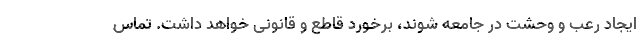
ایجاد رعب و وحشت در جامعه شوند، برخورد قاطع و قانونی خواهد داشت. تماس